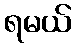
ရမယ်